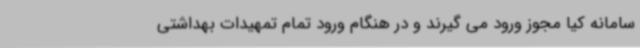
سامانه کیا مجوز ورود می گیرند و در هنگام ورود تمام تمهیدات بهداشتی